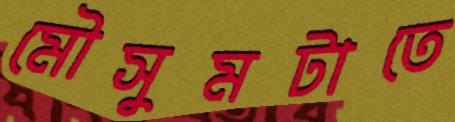
মৌসুমটাতে